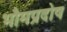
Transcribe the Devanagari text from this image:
भौमप्रदोष